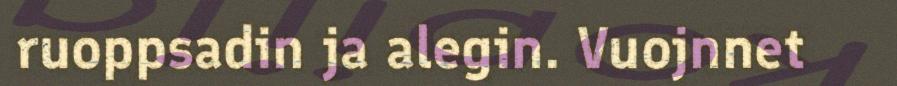
ruoppsadin ja alegin. Vuojnnet